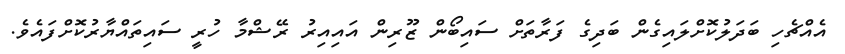
އެއްޗެހި ބަދަލުކޮށްލައިގެން ބަދިގެ ފަރާތަށް ސައިބޯން ޒޫރިން އައިއިރު ރޭޝްމާ ހުރީ ސައިތައްޔާރުކޮށްފައެވެ.